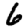
Digit: 6